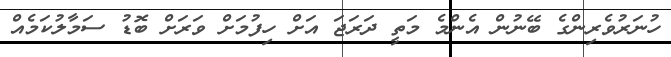
ހުނަރުވެރިންގެ ބޭނުން އެންމެ މަތީ ދަރަޖަ އަށް ހިފުމަށް ވަރަށް ބޮޑު ސަމާލުކަމެއް